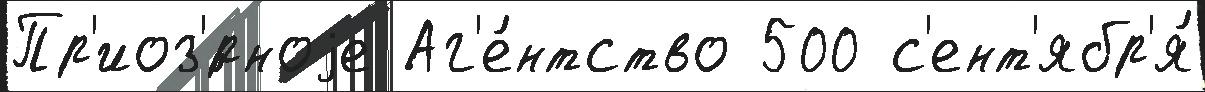
Пр'иоз'́рноjе Аг'е́нтство 500 с'ент'ябр'я́